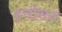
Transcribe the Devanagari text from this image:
हचीसन